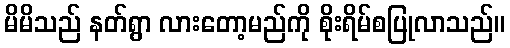
မိမိသည် နတ်ရွာ လားတော့မည်ကို စိုးရိမ်စပြုလာသည်။